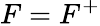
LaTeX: F=F^{+}